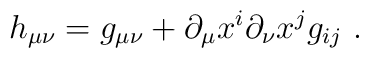
h_{\mu\nu} = g_{\mu\nu} + \partial_\mu x^i\partial_\nu x^j g_{ij}\ .